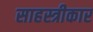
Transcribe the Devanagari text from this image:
साहस्त्रीकार